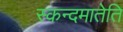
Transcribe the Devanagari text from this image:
स्कन्दमातेति